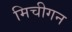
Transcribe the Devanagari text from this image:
मिचीगन